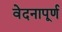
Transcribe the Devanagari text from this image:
वेदनापूर्ण